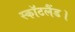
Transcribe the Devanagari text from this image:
स्कॉटलैंड।